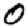
Digit: 0